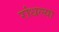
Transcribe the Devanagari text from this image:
रांधल्या